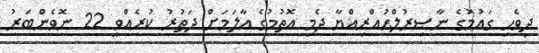
ދިވެހި ގައުމުގެ ނާޞިރުލްޙުއްރިއްޔާ ދެމި އޮތުމުގެ އާލަމަށް ދަތުރު ކުރެއްވީ 22 ނޮވެންބަރު